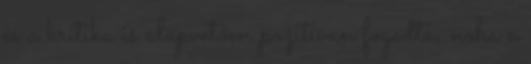
és a kritika is alapvetően pozitívan fogadta, noha a